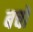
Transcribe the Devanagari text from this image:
बचों